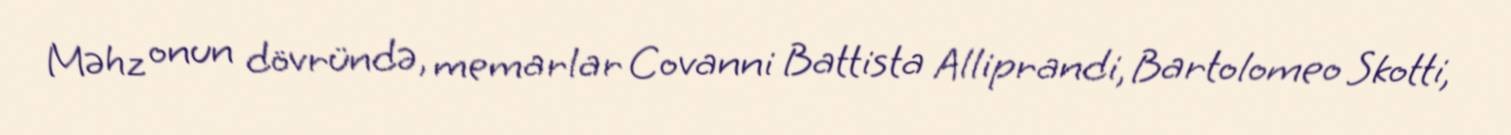
Məhz onun dövründə, memarlar Covanni Battista Alliprandi, Bartolomeo Skotti,